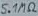
Text: 5.1MΩ